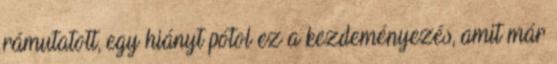
rámutatott, egy hiányt pótol ez a kezdeményezés, amit már